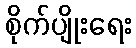
စိုက်ပျိုးရေး